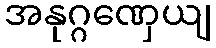
အနုဂ္ဂဏှေယျ